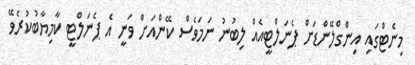
މިނެޓްގައި އިންގްލޭންޑަށް ޕެނަލްޓީއެއް ލިބުނު ނަމަވެސް ކޭންއަށް ވަނީ އެ ޕެނަލްޓީ ކާމިޔާބުކުރެވޭ